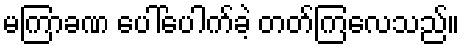
မကြာခဏ ပေါ်ပေါက်ခဲ့ တတ်ကြလေသည်။